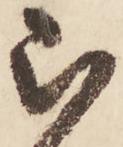
被